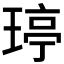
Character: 𤧟